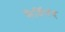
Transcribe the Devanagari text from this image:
फेर्दिनंद